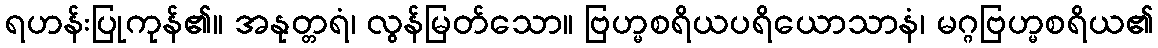
ရဟန်းပြုကုန်၏။ အနုတ္တရံ၊ လွန်မြတ်သော။ ဗြဟ္မစရိယပရိယောသာနံ၊ မဂ္ဂဗြဟ္မစရိယ၏